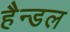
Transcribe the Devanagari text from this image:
हैन्डल